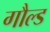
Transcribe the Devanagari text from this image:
गौल्ड